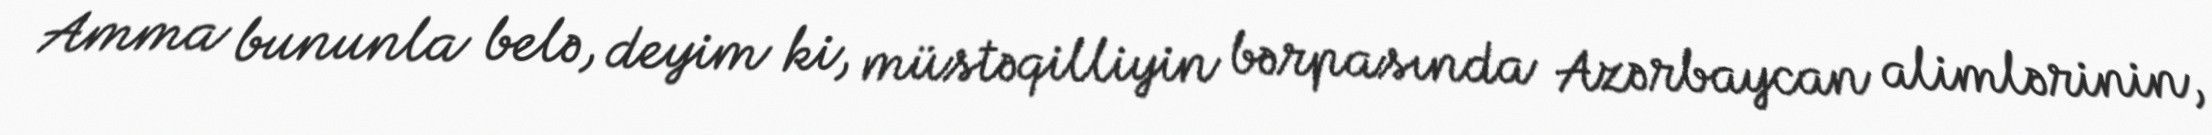
Amma bununla belə, deyim ki, müstəqilliyin bərpasında Azərbaycan alimlərinin,